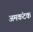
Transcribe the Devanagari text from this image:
अमकंटक